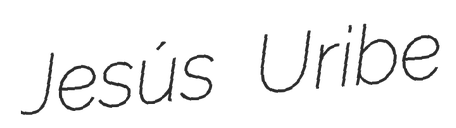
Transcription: Jesús Uribe